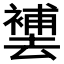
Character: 𱑮